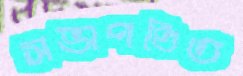
সভাপণ্ডিত